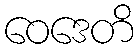
ဝေဒေတိ